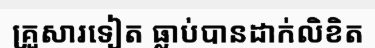
គ្រួសារទៀត ធ្លាប់បានដាក់លិខិត